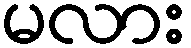
မလား